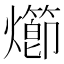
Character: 㸅